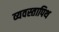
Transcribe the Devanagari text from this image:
व्यवस्तापिथ